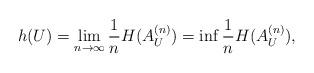
LaTeX: \begin{align*}h(U)=\lim_{n\to\infty}\frac{1}{n}H(A_{U}^{(n)})=\inf\frac{1}{n}H(A_{U}^{(n)}),\end{align*}